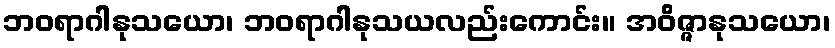
ဘဝရာဂါနုသယော၊ ဘဝရာဂါနုသယလည်းကောင်း။ အဝိဇ္ဇာနုသယော၊